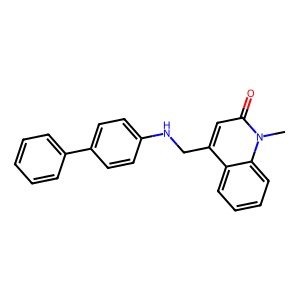
SMILES: Cn1c(=O)cc(CNc2ccc(-c3ccccc3)cc2)c2ccccc21
Inhibits HIV replication: No